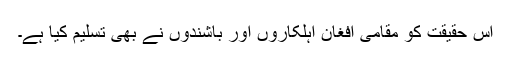
اس حقيقت کو مقامی افغان اہلکاروں اور باشندوں نے بھی تسليم کيا ہے۔